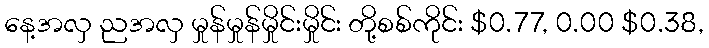
နေ့အလှ ညအလှ မှုန်မှုန်မှိုင်းမှိုင်း တို့စစ်ကိုင်း $0.77, 0.00 $0.38,